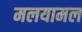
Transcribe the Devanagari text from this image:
मलयामल